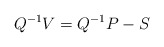
\begin{align*}Q^{-1}V = Q^{-1}P - S\end{align*}